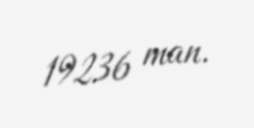
19236 man.